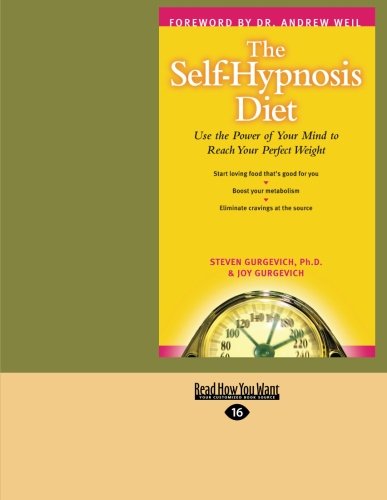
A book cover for The Self-Hypnosis Diet; Ph.D.  Steven Gurgevich; Health, Fitness & Dieting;